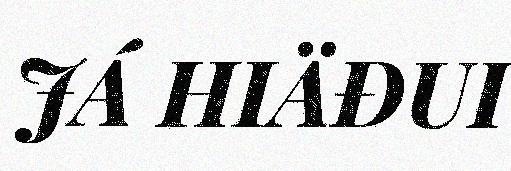
JÁ HIÄĐUI